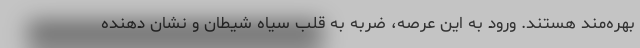
بهره‌مند هستند. ورود به این عرصه، ضربه به قلب سیاه شیطان و نشان دهنده